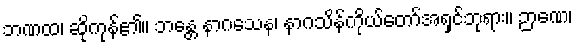
ဘဏထ၊ ဆိုကုန်၏။ ဘန္တေ နာဂသေန၊ နာဂသိန်ကိုယ်တော်အရှင်ဘုရား။ ဉာဏေ၊